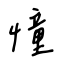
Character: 憧